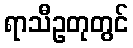
ရာသီဥတုတွင်